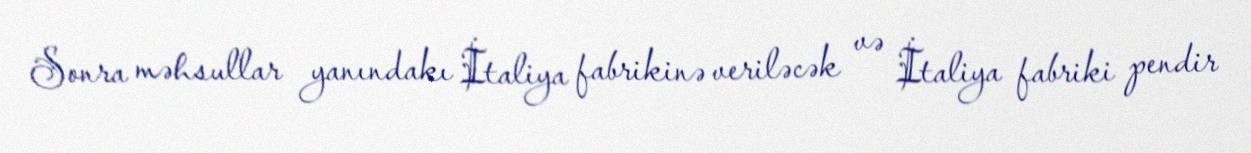
Sonra məhsullar yanındakı İtaliya fabrikinə veriləcək və İtaliya fabriki pendir